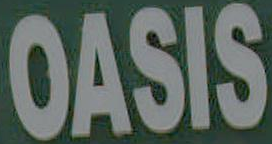
OASIS